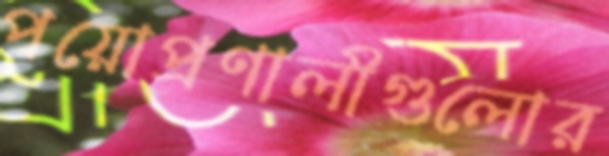
পয়োপ্রণালীগুলোর